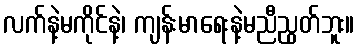
လက်နဲ့မကိုင်နဲ့၊ ကျန်းမာရေးနဲ့မညီညွတ်ဘူး။